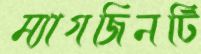
ম্যাগজিনটি